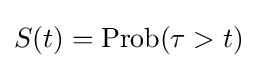
S(t)=\operatorname {Prob} (\tau >t)